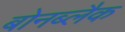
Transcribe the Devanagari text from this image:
बोनब्लैक